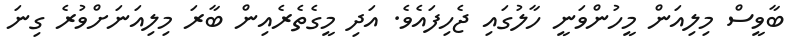
ބާވީސް މިލިއަން މީހުންވަނީ ހާލުގައި ޖެހިފައެވެ. އަދި މީގެތެރެއިން ބާރަ މިލިއަނަށްވުރެ ގިނަ